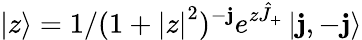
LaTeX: \left|z\right>=1/(1+\left|z\right|^{2})^{-\mathbf{j}}e^{z\hat{{J}}_{+}}\left|\mathbf{j},-\mathbf{j}\right>